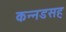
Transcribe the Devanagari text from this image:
कन्नडसह